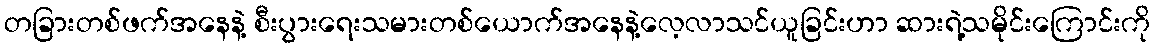
တခြားတစ်ဖက်အနေနဲ့ စီးပွားရေးသမားတစ်ယောက်အနေနဲ့လေ့လာသင်ယူခြင်းဟာ ဆားရဲ့သမိုင်းကြောင်းကို